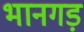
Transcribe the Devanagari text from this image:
भानगड़